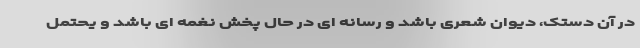
در آن دستک، دیوان شعری باشد و رسانه ای در حال پخش نغمه ای باشد و یحتمل